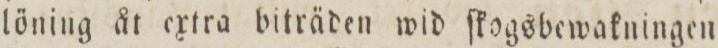
löning åt extra biträden wid ſkogsbewakningen